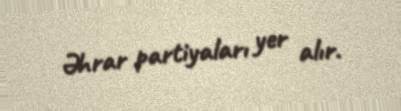
Əhrar partiyaları yer alır.